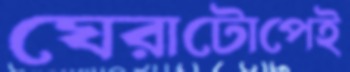
ঘেরাটোপেই